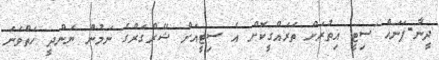
ދީނާ-ޕަނަހް ސިޓީ އިތުރަށް ތަރައްގީކޮށް އެ ސިޓީއަށް ޝޭރްގަރްގެ ނަމުން ނަންދީ ހަތްވަނަ